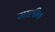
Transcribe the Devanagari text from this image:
मालीव